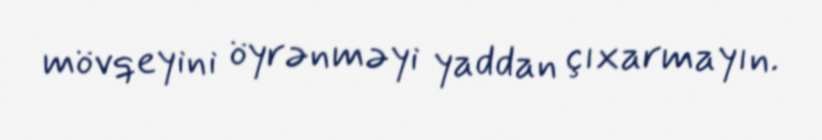
mövqeyini öyrənməyi yaddan çıxarmayın.